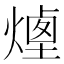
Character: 𤎆